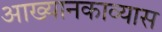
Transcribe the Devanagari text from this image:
आख्यानकाव्यास